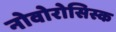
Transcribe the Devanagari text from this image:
नोवोरोसिस्क